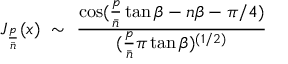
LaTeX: J _ { { \frac { p } { \bar { n } } } } ( x ) ~ \sim ~ { \frac { \cos ( { \frac { p } { \bar { n } } } \tan \beta - n \beta - \pi / 4 ) } { ( { \frac { p } { \bar { n } } } \pi \tan \beta ) ^ { ( 1 / 2 ) } } }